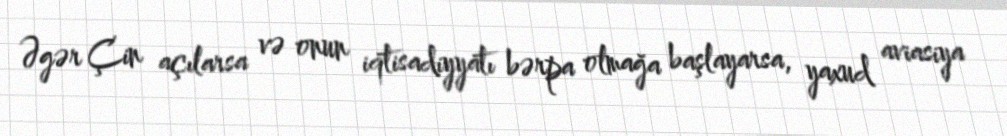
Əgər Çin açılarsa və onun iqtisadiyyatı bərpa olmağa başlayarsa, yaxud aviasiya